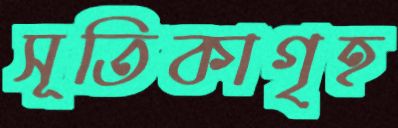
সূতিকাগৃহ